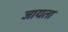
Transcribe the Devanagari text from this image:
जायता